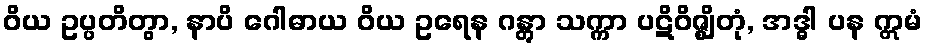
ဝိယ ဥပ္ပတိတွာ, နာပိ ဂေါဓာယ ဝိယ ဥရေန ဂန္တွာ သက္ကာ ပဋိဝိဇ္ဈိတုံ, အဒ္ဓါ ပန ဣမံ